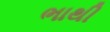
ભાથી